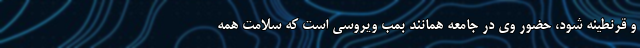
و قرنطینه شود، حضور وی در جامعه همانند بمب ویروسی است که سلامت همه